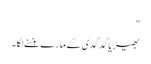
"
بھیڑیا گدگدی کے مارے ہنسنے لگا۔